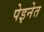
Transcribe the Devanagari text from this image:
पेइनेत